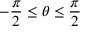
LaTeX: - { \frac { \pi } { 2 } } \leq \theta \leq { \frac { \pi } { 2 } }